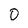
Character: 0